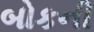
બોકની